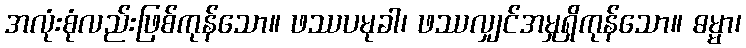
အလုံးစုံလည်းဖြစ်ကုန်သော။ ဖဿပမုခါ၊ ဖဿလျှင်အမှုရှိကုန်သော။ ဓမ္မာ၊